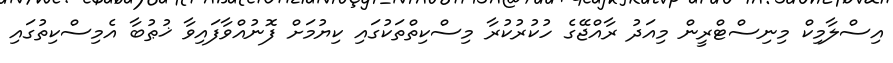
އިސްލާމިކް މިނިސްޓްރީން މިއަދު ރާއްޖޭގެ ހުކުރުކުރާ މިސްކިތްތަކުގައި ކިޔުމަށް ފޮނުއްވާފައިވާ ޚުޠުބާ އެމިސްކިތުގައި